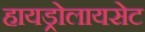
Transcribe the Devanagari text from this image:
हायड्रोलायसेट